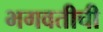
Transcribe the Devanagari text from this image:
भगवतीची